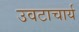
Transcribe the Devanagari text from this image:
उवटाचार्य